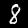
Label: 8